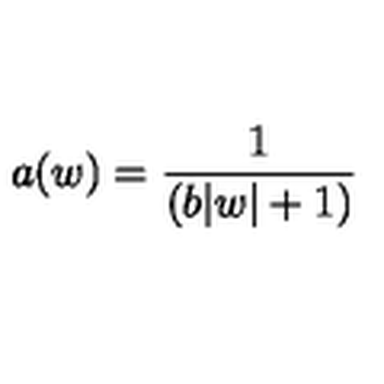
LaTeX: a ( w ) = \frac { 1 } { ( b | w | + 1 ) }